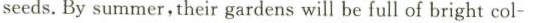
seeds.By summer,their gardens will be full of bright col-